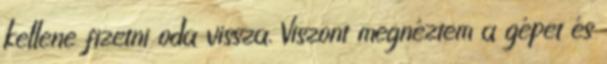
kellene fizetni oda vissza. Viszont megnéztem a gépet és